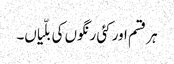
ہر قسم اور کئی رنگوں کی بلّیاں۔